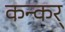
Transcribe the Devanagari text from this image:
कन्कर्